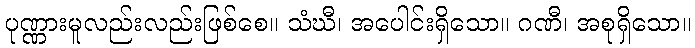
ပုဏ္ဏားမူလည်းလည်းဖြစ်စေ။ သံဃီ၊ အပေါင်းရှိသော။ ဂဏီ၊ အစုရှိသော။